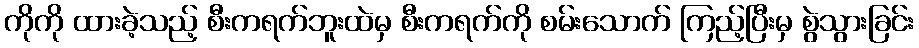
ကိုကို ထားခဲ့သည့် စီးကရက်ဘူးထဲမှ စီးကရက်ကို စမ်းသောက် ကြည့်ပြီးမှ စွဲသွားခြင်း